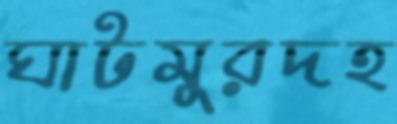
ঘাটমুরদহ